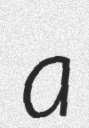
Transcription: a